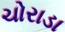
ચોરાડા